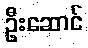
ဦးဆောင်